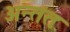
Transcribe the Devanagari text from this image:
अन्तंतः